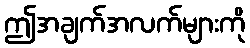
ဤအချက်အလက်များကို